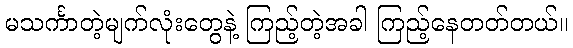
မသင်္ကာတဲ့မျက်လုံးတွေနဲ့ ကြည့်တဲ့အခါ ကြည့်နေတတ်တယ်။